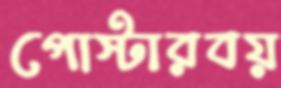
পোস্টারবয়